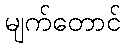
မျက်တောင်